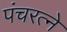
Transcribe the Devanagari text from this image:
पंचरत्‍ने